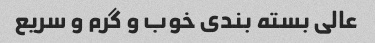
عالی بسته بندی خوب و گرم و سریع